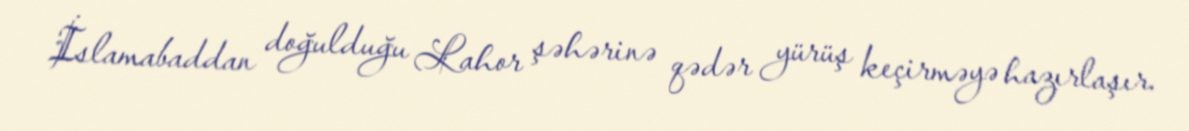
İslamabaddan doğulduğu Lahor şəhərinə qədər yürüş keçirməyə hazırlaşır.